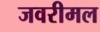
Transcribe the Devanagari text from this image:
जवरीमल